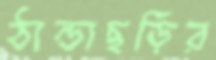
ঠান্ডাছড়ির